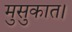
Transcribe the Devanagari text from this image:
मुसुकात।